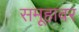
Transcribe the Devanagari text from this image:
समूहावर